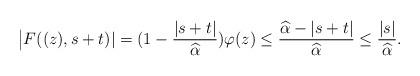
LaTeX: \begin{align*} \bigl|F((z),s + t)| = (1-\frac{|s+t|}{\widehat\alpha})\varphi(z) \le \frac{\widehat \alpha - |s + t|}{\widehat\alpha} \le \frac{|s|}{\widehat\alpha}. \end{align*}